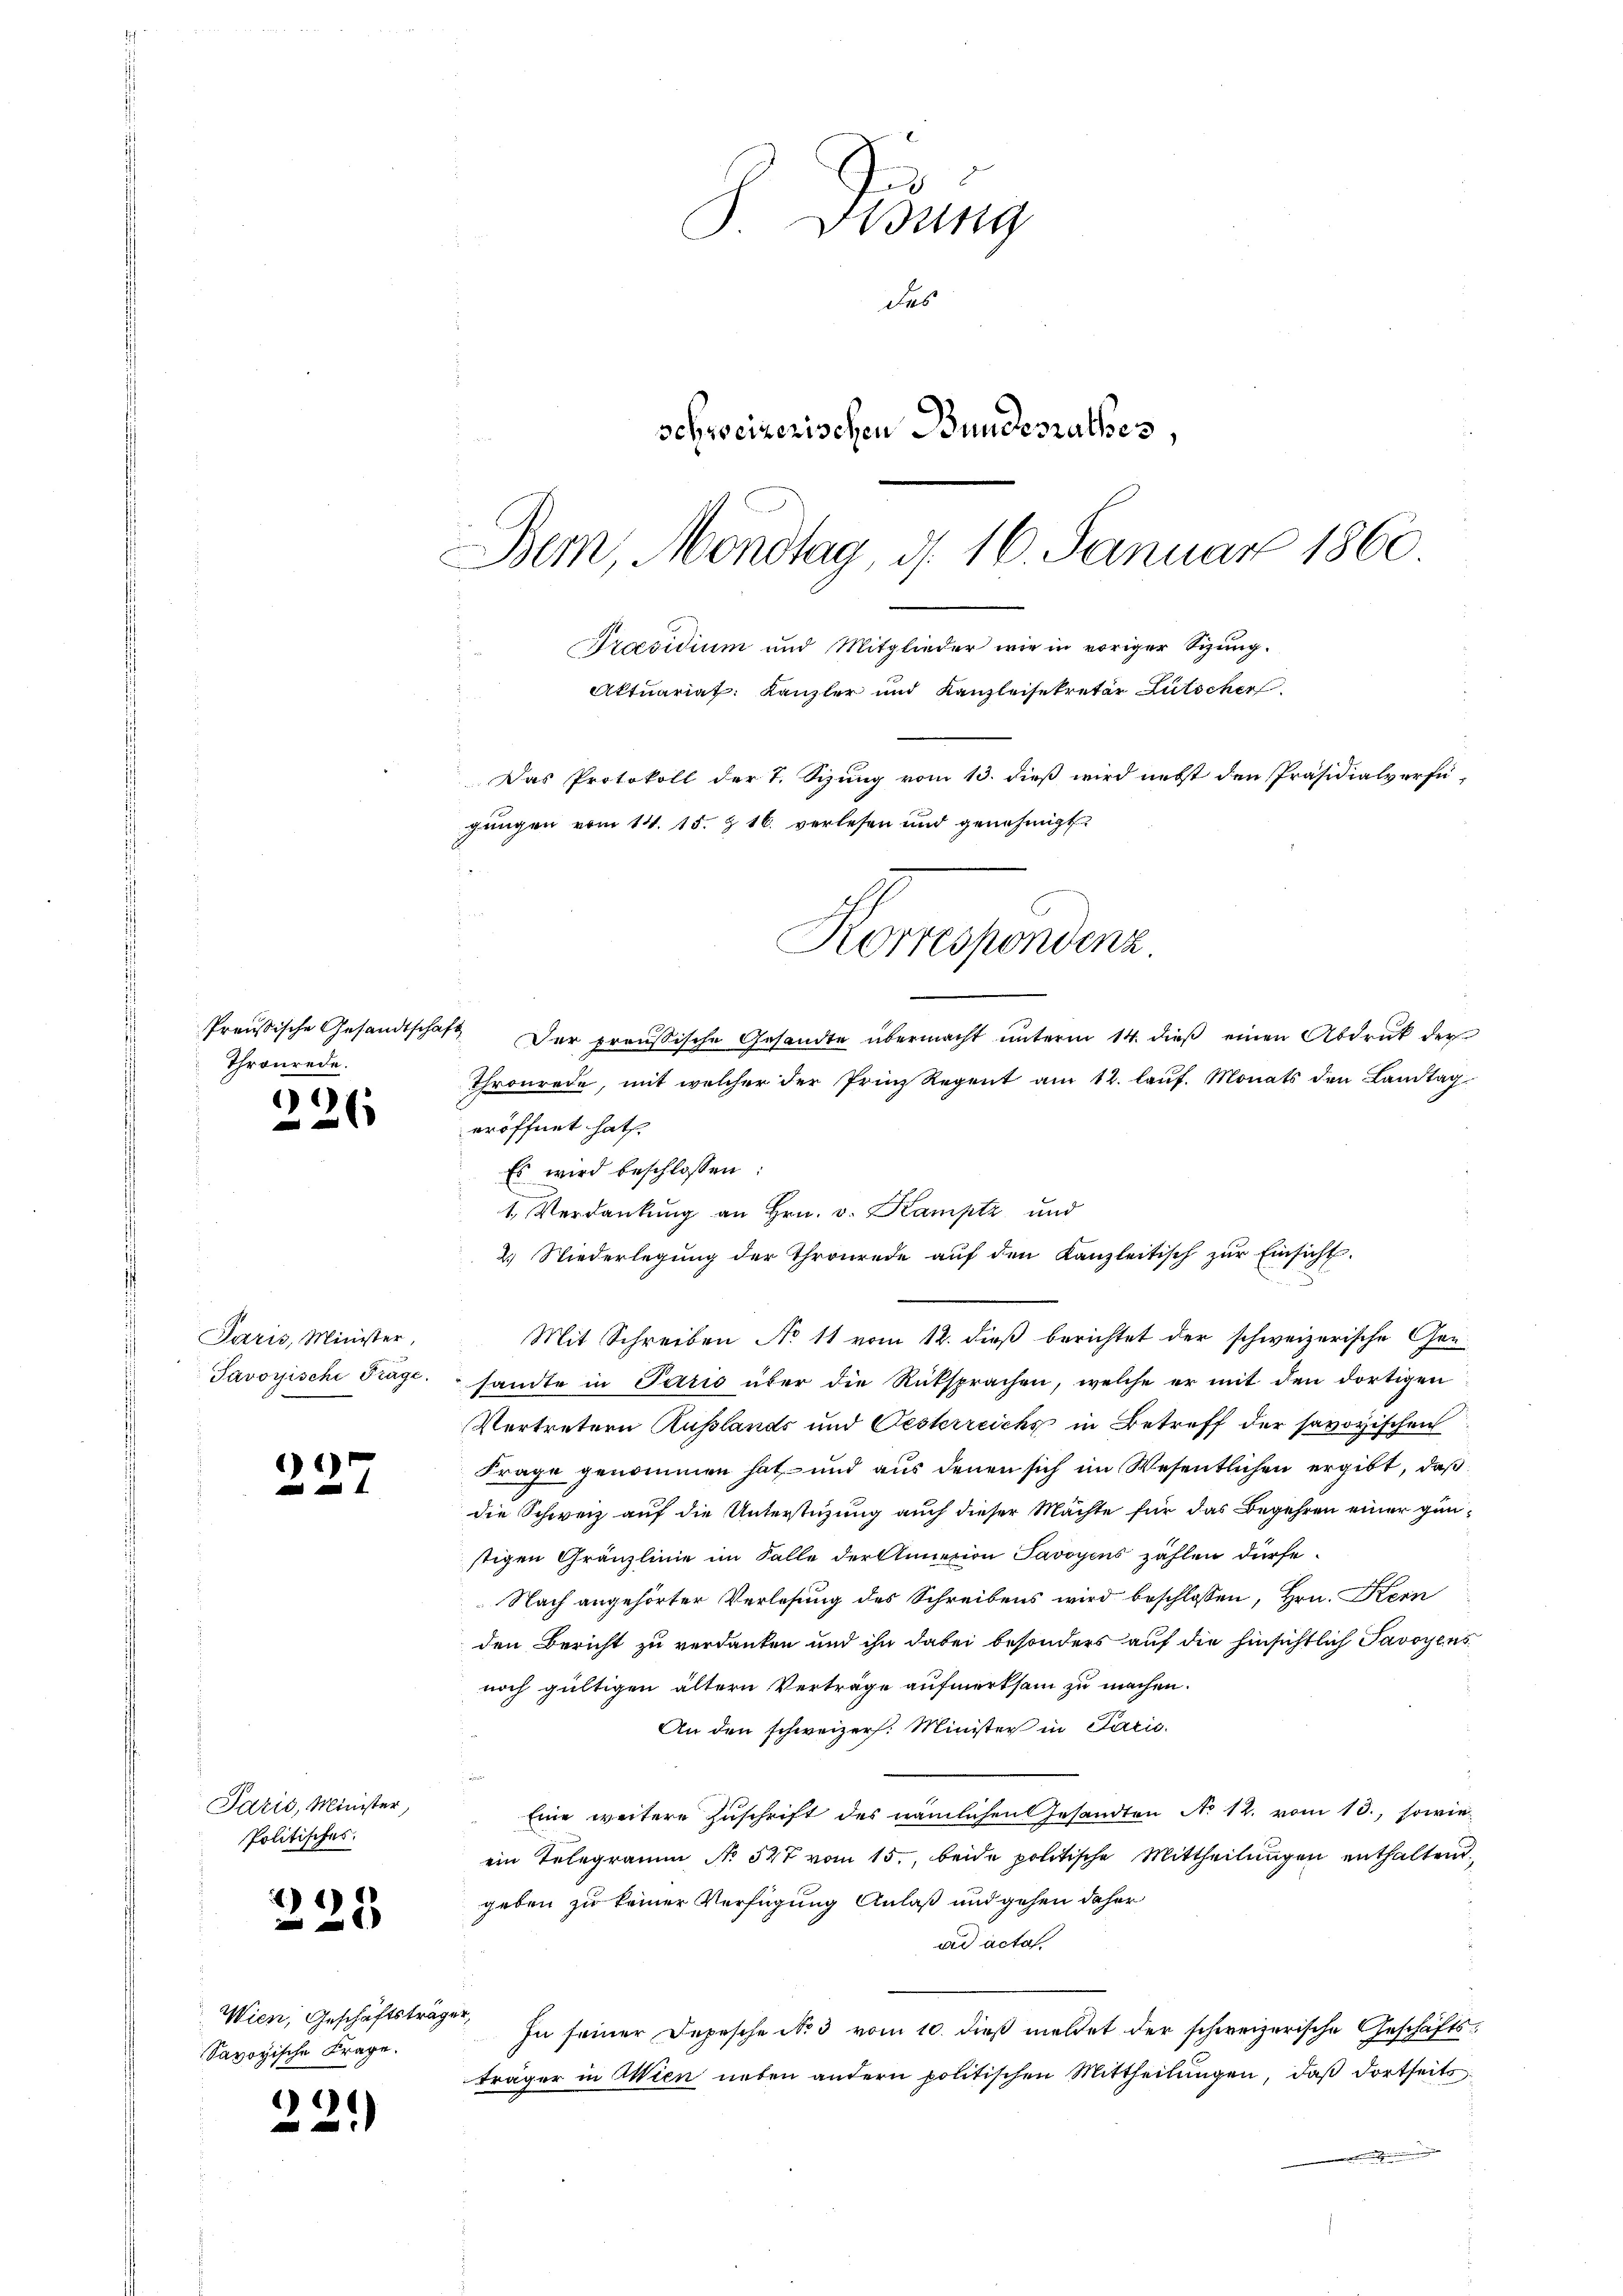
Preußische Gesandtschaf
Thronrede.
)

Paris, Minister,
Javoyische Frage.

)
.

Paris, Minister,
Politisches.

) 1)

Wien, Geschäftstrag
Savoyische Frage.

91)

d
Widung
des
schweizerischen Bundesrathes
Bern, Mondtag, d. 16. Januar 1860
Praesidium und Mitglieder wie in voriger Sizung.
Aktuariat. Kanzler und Kanzleisekretär Lütscher
Das Protokoll der 7. Sizung vom 13. dieß wird nebst den Präsidialverfü-
gungen vom 14. 15. & 16. verlesen und genehmigt.
Korrespondenz.

12. Der preußische Gesandte übermacht unterm 14. dieß einen Abdruck der
Thronrede, mit welcher der Prinz Regent am 12. lauf. Monats den Landtag
eröffnet hat.
Es wird beschlossen:
1. Verdankung an Hrn. v. Kamptz und
2.) Niederlegung der Thronrede auf den Kanzleitisch zur Einsicht
Mit Schreiben No 11 vom 12. dieß berichtet der schweizerische Ge-
sandte in Petris über die Rüksprachen, welche er mit den dortigen
Vertretern Rußlands und Oesterreichs in Betreff der savoyischen
Frage genommen hat, und aus denen sich im Wesentlichen ergibt, daß
die Schweiz auf die Unterstüzung auch dieser Machte für das Begehren einer günstigen Gränzlinie im Falle der Annexion Savoyens zählen dürfe.
Nach angehörter Verlesung des Schreibens wird beschlossen, Hrn. Kern
den Bericht zu verdanken und ihn dabei besonders auf die hinsichtlich Savoyens
noch gültigen ältern Verträge aufmerksam zu machen.
An den schweizer. Minister in Paris.
Eine weitere Zuschrift des nämlichen Gesandten No 12. vom 13., sowie
ein Telegramm No 527 vom 15., beide politische Mittheilungen enthaltend
geben zu keiner Verfügung Anlaß und gehen daher
ad acta
4
In seiner Depesche No 3 vom 10. dieß meldet der schweizerische Geschäftsträger in Wien neben andern politischen Mittheilungen, daß dortseits
n